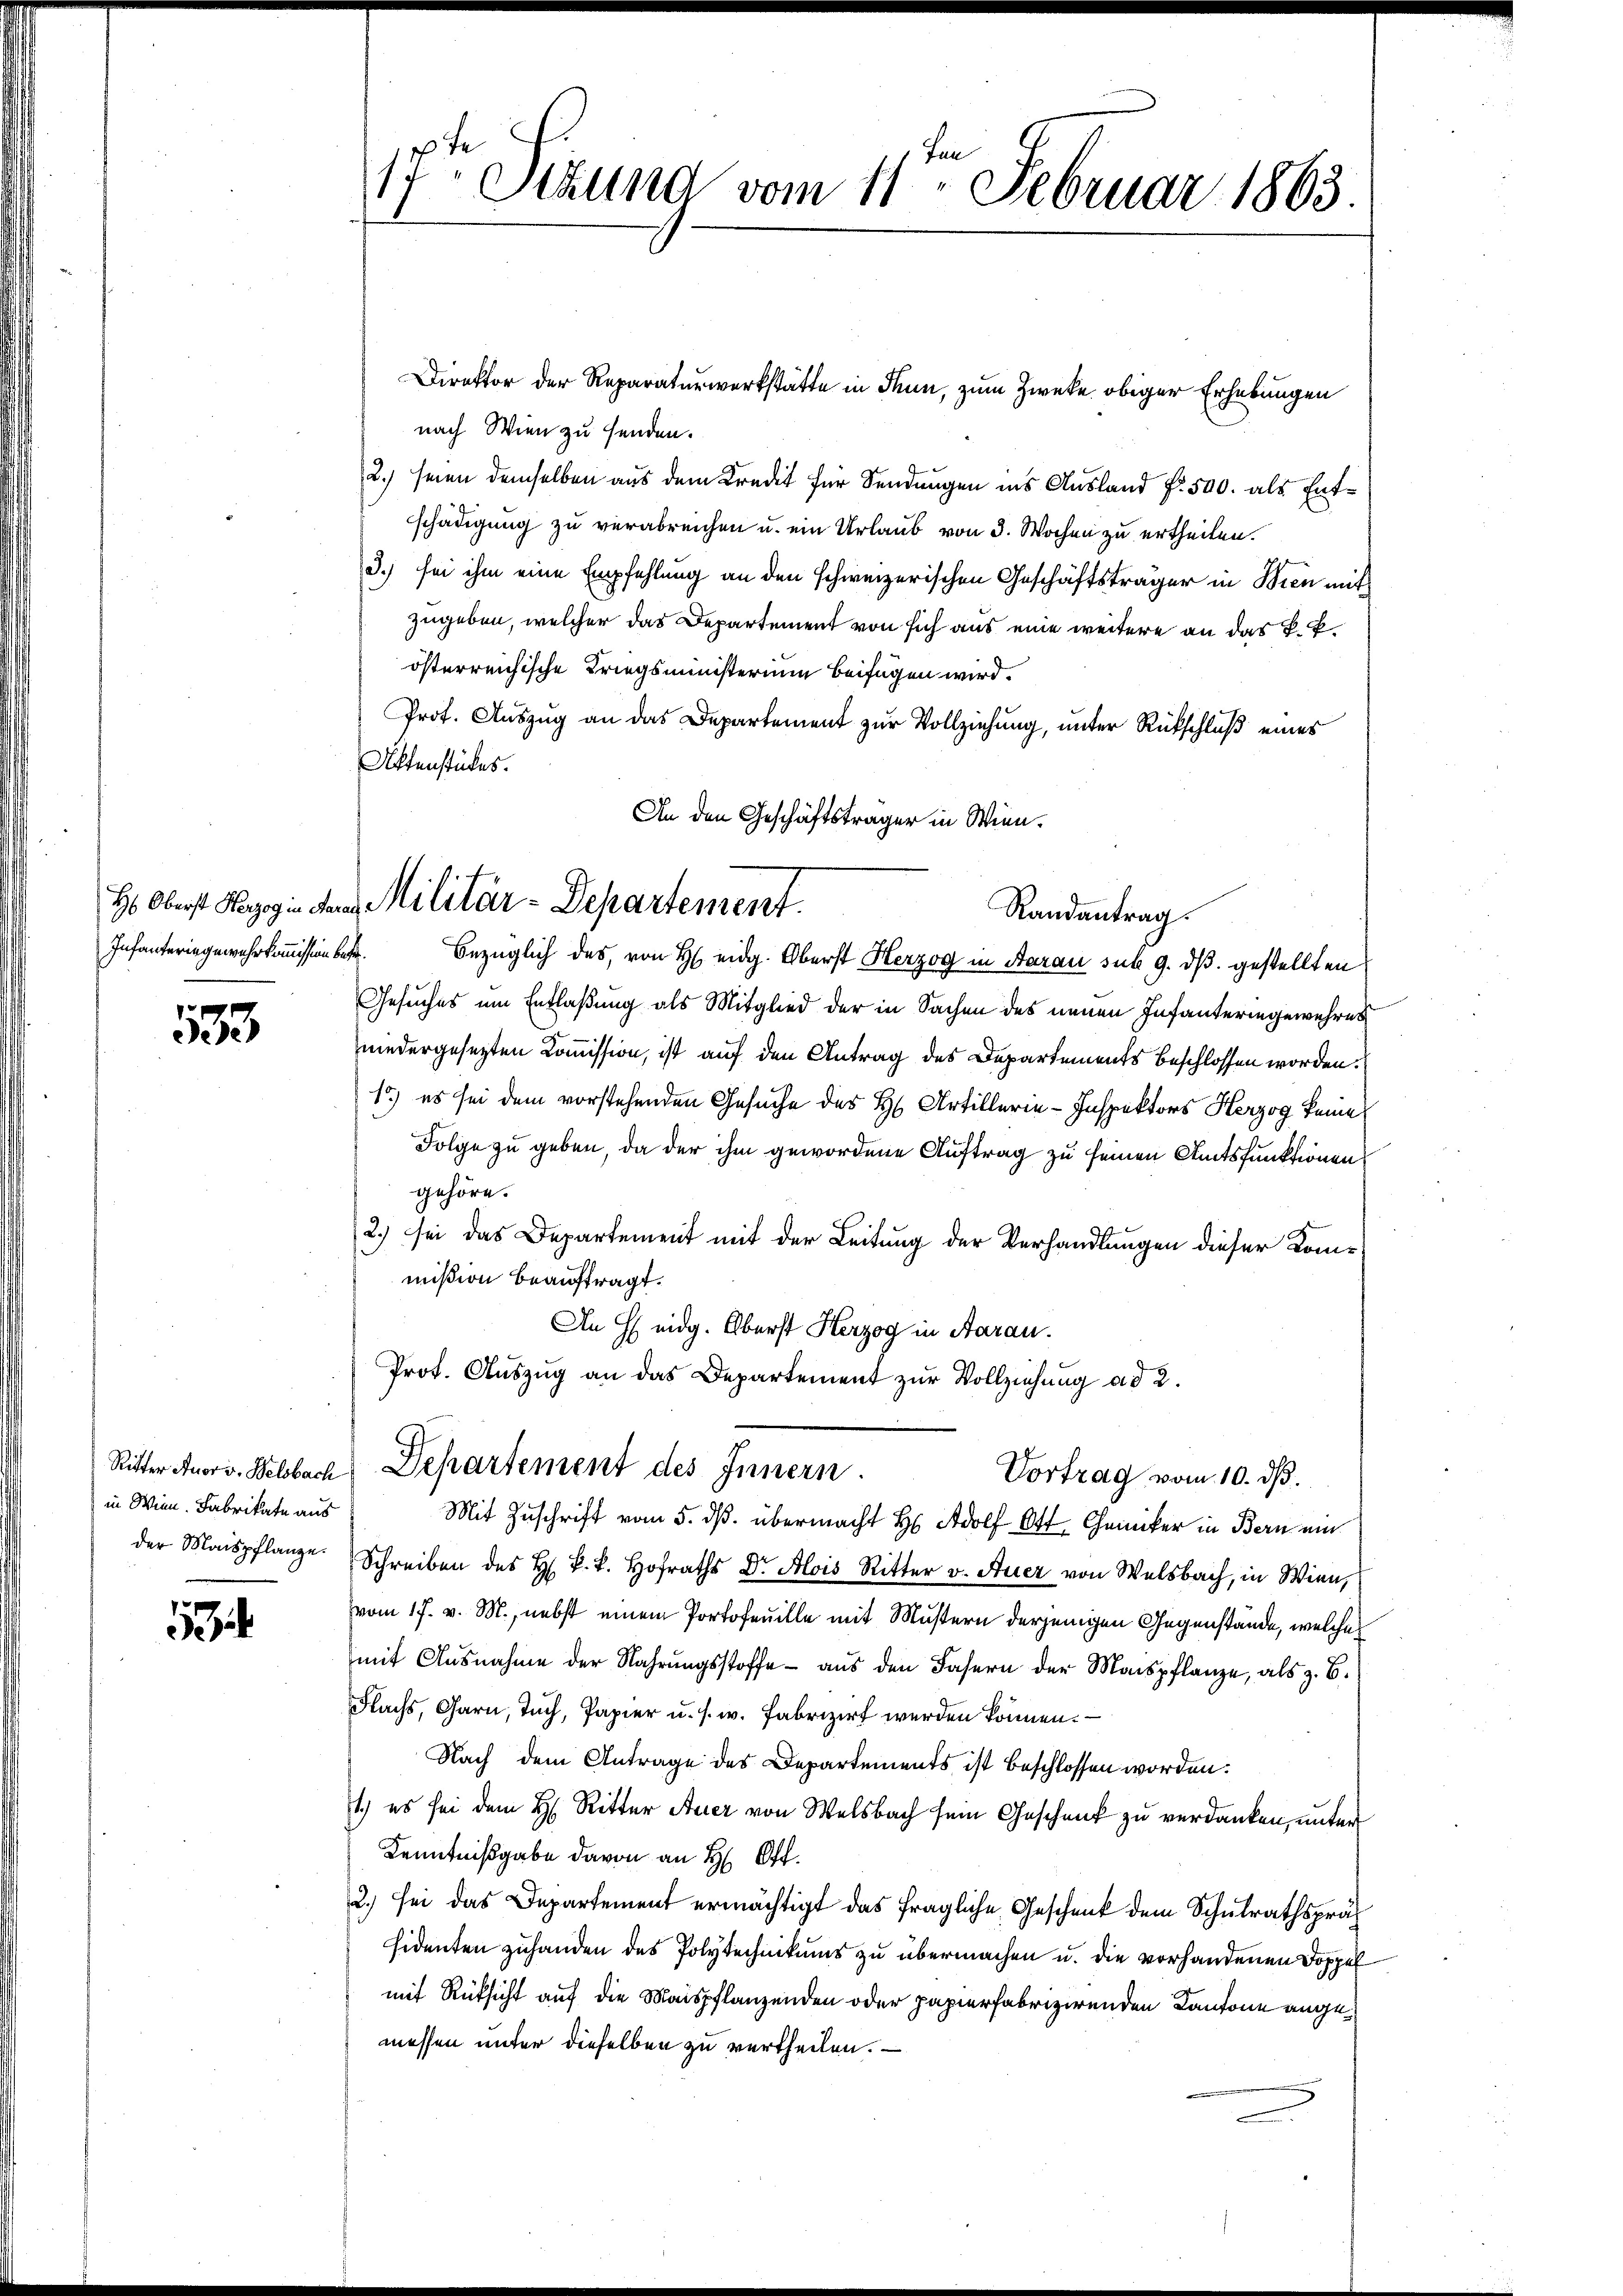
533

in Wien. Fabrikate aus

1

Direktor der Reparaturwerkstätte in Thun, zum Zwecke obiger Erhebungen
nach Wien zu senden.
2.) seien demselben aus dem Kredit für Sendungen ins Ausland No. 500. als Entschädigung zu verabreichen u. ein Urlaub von 3. Wochen zu ertheilen.
d.) sei ihm eine Empfehlung an den schweizerischen Geschäftsträger in Bien mit
zugeben, welcher das Departement von sich aus eine weitere an das k. k.
österreichische Kriegsministerium beifügen wird.
Prof. Auszug an das Departement zur Vollziehung, unter Rückschluß eines
Ottenstückes.
An den Geschäftsträger in Wien.

17ten Sizung vom 11ten Februar 1863.

H. Oberst Herzogin dem Militär-Departement.
Randantrag.

Ritter Anord. Welsbach Departement des Innern.
Vortrag vom 10. ds.
Mit Zuschrift vom 5. dß. übermacht H Adolf Ott Chemiker in Bern ein

Infanteringewehrkommission betr. Bezüglich des, von H. eidg. Oberst Herzog in Aarau sub 9. ds. gestellten
Gesuches um Entlaßung als Mitglied der in Sachen des neuen Infanteringewehres
niedergesezten Kommission, ist auf den Antrag des Departements beschlossen worden.
15.) es sei dem vorstehenden Gesuche des H. Artillerie-Inspektors Herzog keine
Folge zu geben, da der ihm gewordene Auftrag zu seinen Amtsfunktionen
gehöre.
2.) sei das Departement mit der Leitung der Verhandlungen dieser Kommißion beauftragt.
An Heidg. Oberst Herzog in Aarau
Prot. Auszug an das Departement zur Vollziehung ad 2.

der Maispflanze. Schreiben des H. k. k. Hofrat Dr. Alois Ritter v. Auer von Welsbach, in Wien,
vom 17. v. M., nebst einem Portofeuille mit Mustern derjenigen Gegenstände, welches
mit Ausnahme der Wahrungsstoffe - aus den Fasern der Maispflanze, als z. B.
Nachs, Garn, Tuch, Papier u. s. w. Fabrizirt werden können.
Nach dem Antrage des Departements ist beschlossen worden.
1.) es sei dem H. Ritter Auer von Welsbach sein Geschenk zu verdanken, unter
Kenntnißgabe davon an H: Off.
2.) sei das Departement ermächtigt das fragliche Geschenk dem Schulrathspräsidenten zuhanden des Polytechnikums zu übermachen u. die vorhandenen Doppel
mit Rücksicht auf die Maispflanzenden oder papierfabrizirenden Kantone angemessen unter dieselben zu vertheilen. –